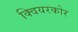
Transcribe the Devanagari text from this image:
क्वियरकोर